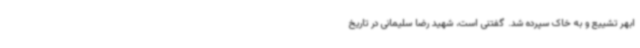
ابهر تشییع و به خاک سپرده شد. گفتنی است، شهید رضا سلیمانی در تاریخ